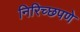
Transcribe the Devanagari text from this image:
निरिच्छपणे